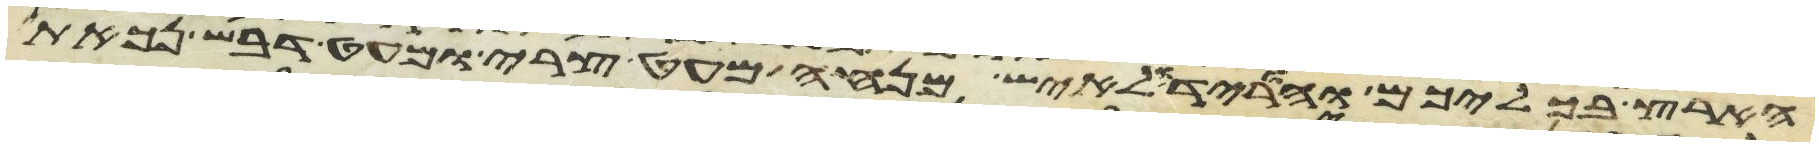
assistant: הארץ בכליכם והורידו לאיש מנחה מעט צרי ומעט דבש נכאת